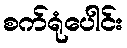
စက်ရုံပေါင်း